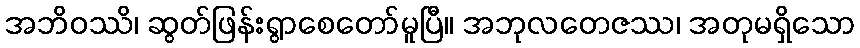
အဘိဝဿိ၊ ဆွတ်ဖြန်းရွာစေတော်မူပြီ။ အဘုလတေဇဿ၊ အတုမရှိသော